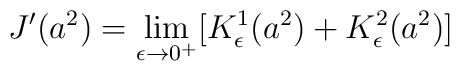
J'(a^2)= \lim_{\epsilon \to 0^+} [K_{\epsilon}^1(a^2)+K_{\epsilon}^2(a^2)]